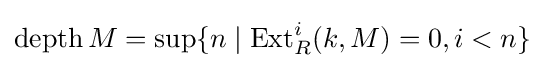
\operatorname {depth} M=\sup\{n\mid \operatorname {Ext} _{R}^{i}(k,M)=0,i<n\}